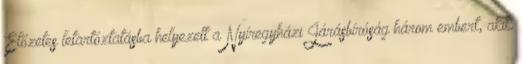
Előzetes letartóztatásba helyezett a Nyíregyházi Járásbíróság három embert, akik